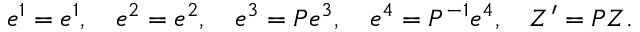
e ^ { 1 } = e ^ { 1 } , \quad e ^ { 2 } = e ^ { 2 } , \quad e ^ { 3 } = P e ^ { 3 } , \quad e ^ { 4 } = P ^ { - 1 } e ^ { 4 } , \quad Z ^ { \prime } = P Z .